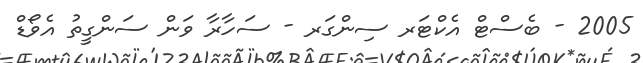
2005 - ބެސްޓް އެކްޓަރ ސިންގަރ - ސަހާރާ ވަން ސަންގީތު އެވޯޑް